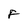
Character: F